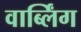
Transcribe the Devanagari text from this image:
वार्ब्लिंग